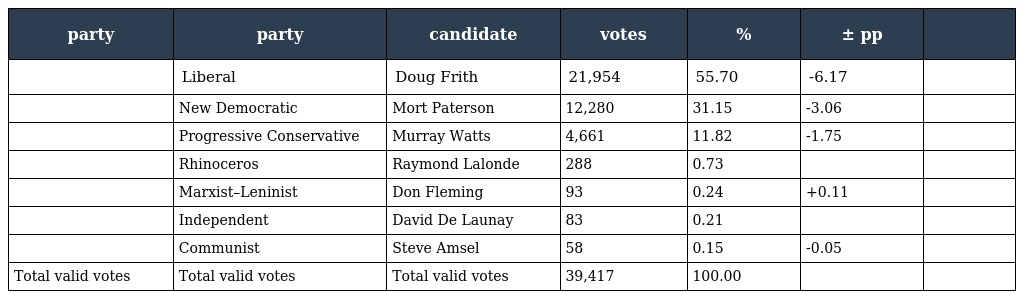
| party | party | candidate | votes | % | ± pp |  |
 | --- | --- | --- | --- | --- | --- | --- |
 |  | Liberal | Doug Frith | 21,954 | 55.70 | -6.17 |  |
 |  | New Democratic | Mort Paterson | 12,280 | 31.15 | -3.06 |  |
 |  | Progressive Conservative | Murray Watts | 4,661 | 11.82 | -1.75 |  |
 |  | Rhinoceros | Raymond Lalonde | 288 | 0.73 |  |  |
 |  | Marxist–Leninist | Don Fleming | 93 | 0.24 | +0.11 |  |
 |  | Independent | David De Launay | 83 | 0.21 |  |  |
 |  | Communist | Steve Amsel | 58 | 0.15 | -0.05 |  |
 | Total valid votes | Total valid votes | Total valid votes | 39,417 | 100.00 |  |  |